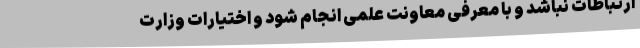
ارتباطات نباشد و با معرفی معاونت علمی انجام شود و اختیارات وزارت